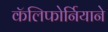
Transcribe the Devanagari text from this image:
कॅलिफोर्नियाने